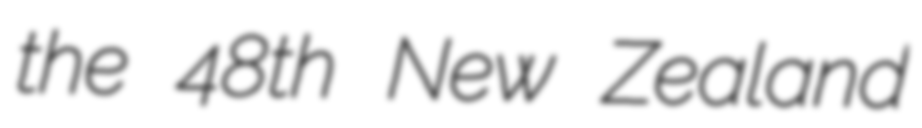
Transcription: the 48th New Zealand